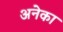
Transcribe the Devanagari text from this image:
अनेका